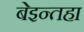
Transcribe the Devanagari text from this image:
बेइन्तहा